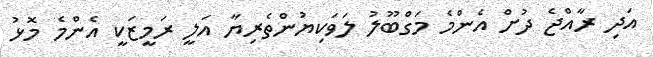
އަދި ރާއްޖެ ދުށް އެންމެ މަގްބޫލު ލަވަކިޔުންތެރިޔާ އަލީ ރަމީޒަކީ އެންމެ މޮޅު